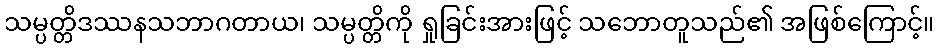
သမ္ပတ္တိဒဿနသဘာဂတာယ၊ သမ္ပတ္တိကို ရှုခြင်းအားဖြင့် သဘောတူသည်၏ အဖြစ်ကြောင့်။